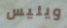
ويليس